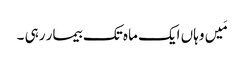
مَیں وہاں ایک ماہ تک بیمار رہی ۔